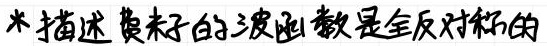
*描述费米子的波函数是全反对称的